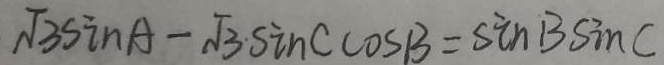
\sqrt { 3 } \sin A - \sqrt { 3 } \cdot \sin C \cos B = \sin B \sin C